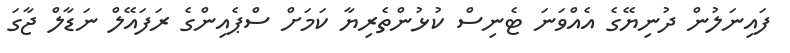
ފައިނަލުން ދުނިޔޭގެ އެއްވަނަ ޓެނިސް ކުޅުންތެރިޔާ ކަމަށް ސްޕެއިންގެ ރަފައޭލް ނަޑާލް ޖާގަ